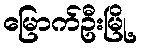
မြောက်ဦးမြို့